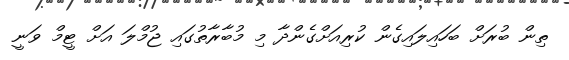
ތިން ބުރަށް ބަހައިލައިގެން ކުރިއަށްގެންދާ މި މުބާރާތުގައި ޖުމްލަ އަށް ޓީމް ވަނީ